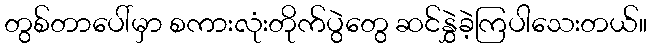
တွစ်တာပေါ်မှာ စကားလုံးတိုက်ပွဲတွေ ဆင်နွှဲခဲ့ကြပါသေးတယ်။